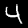
Digit: 4